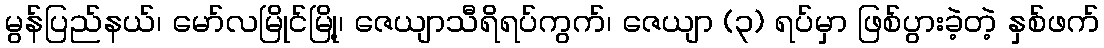
မွန်ပြည်နယ်၊ မော်လမြိုင်မြို့၊ ဇေယျာသီရိရပ်ကွက်၊ ဇေယျာ (၃) ရပ်မှာ ဖြစ်ပွားခဲ့တဲ့ နှစ်ဖက်